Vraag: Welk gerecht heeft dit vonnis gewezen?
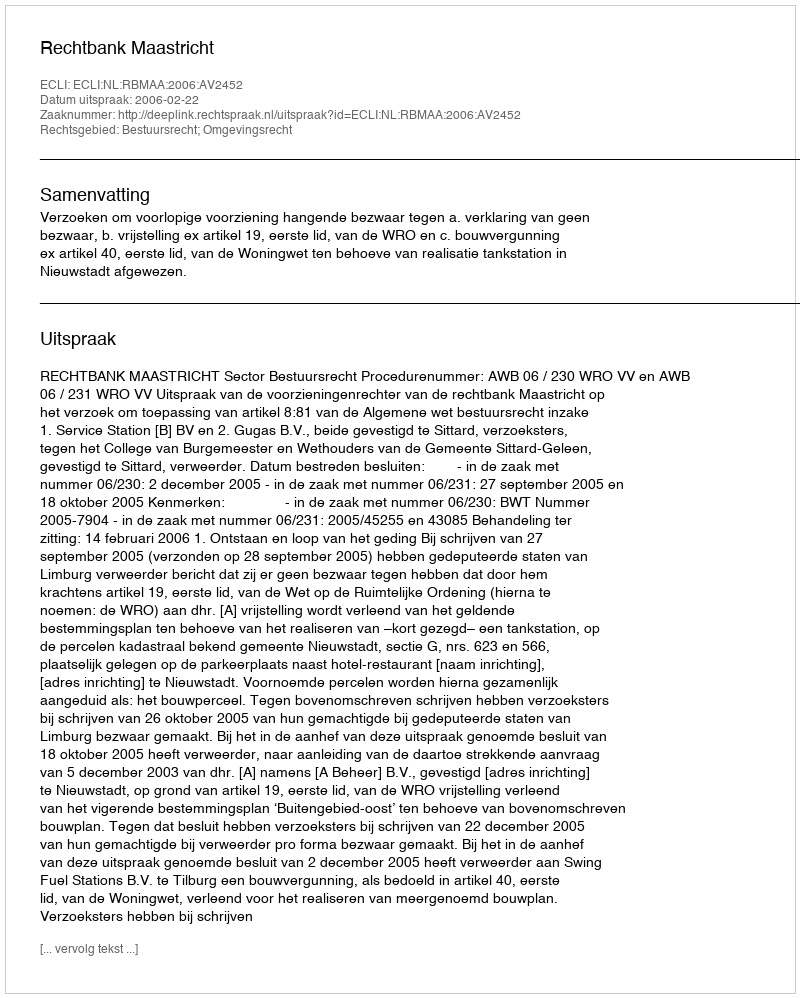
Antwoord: Rechtbank Maastricht